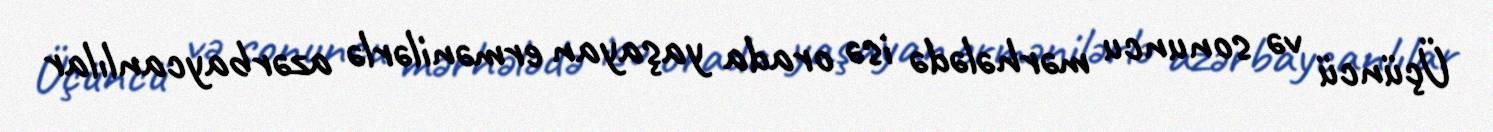
Üçüncü və sonuncu mərhələdə isə orada yaşayan ermənilərlə azərbaycanlılar